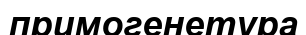
примогенетура